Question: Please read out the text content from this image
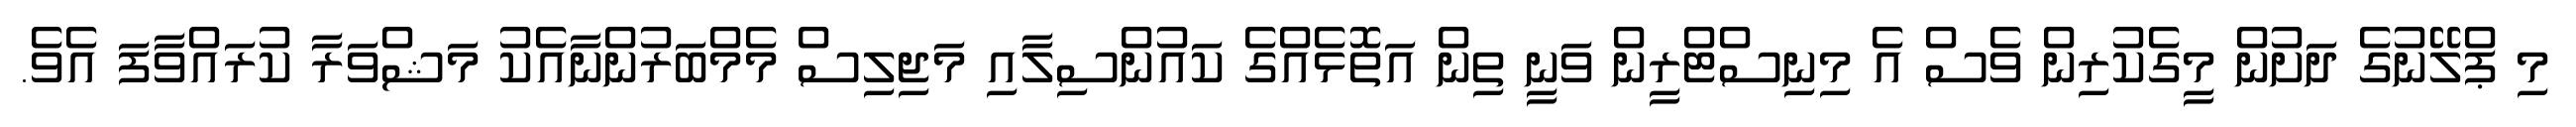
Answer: މި ޕްލޭނުގެ ދަށުން މީގެކުރިން ވެސް އެ މިނިސްޓްރީން ވަނީ ތިން އަތޮޅެއްގެ ކައުންސިލާއި މަޖިލިސް މެމްބަރުންނާއެކު މަޝްވަރާ ކުރައްވާފަ އެވެ.